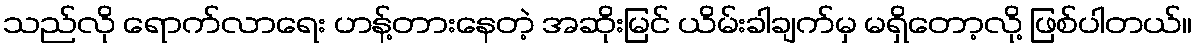
သည်လို ရောက်လာရေး ဟန့်တားနေတဲ့ အဆိုးမြင် ယိမ်းခါချက်မှ မရှိတော့လို့ ဖြစ်ပါတယ်။